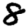
Digit: 8